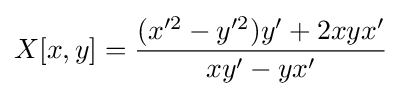
X[x,y]={\frac {(x'^{2}-y'^{2})y'+2xyx'}{xy'-yx'}}